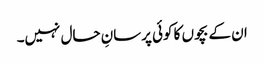
ان کے بچوں کا کوئی پرسانِ حال نہیں۔